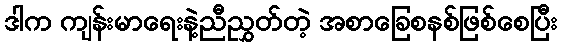
ဒါက ကျန်းမာရေးနဲ့ညီညွှတ်တဲ့ အစာခြေစနစ်ဖြစ်စေပြီး